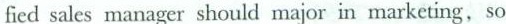
fied sales manager should major in marketing,so